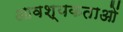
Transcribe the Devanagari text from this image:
आवश्यकताआें